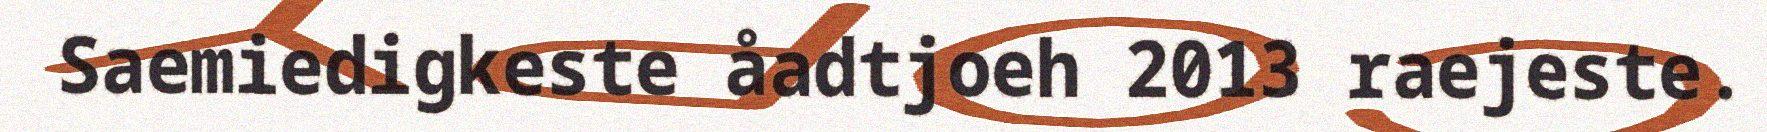
Saemiedigkeste åadtjoeh 2013 raejeste.